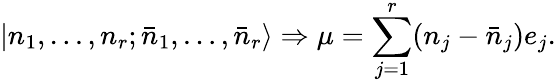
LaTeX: |n_{1},\ldots,n_{r};\bar{n}_{1},\ldots,\bar{n}_{r}\rangle\Rightarrow\mu=\sum_{j=1}^{r}(n_{j}-\bar{n}_{j})e_{j}.